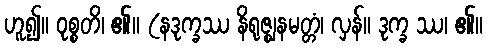
ဟူ၍။ ဝုစ္စတိ၊ ၏။ (နဒုက္ခဿ နိရုဇ္ဈနမတ္တံ၊ လှန်။ ဒုက္ခ ဿ၊ ၏။